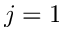
j = 1